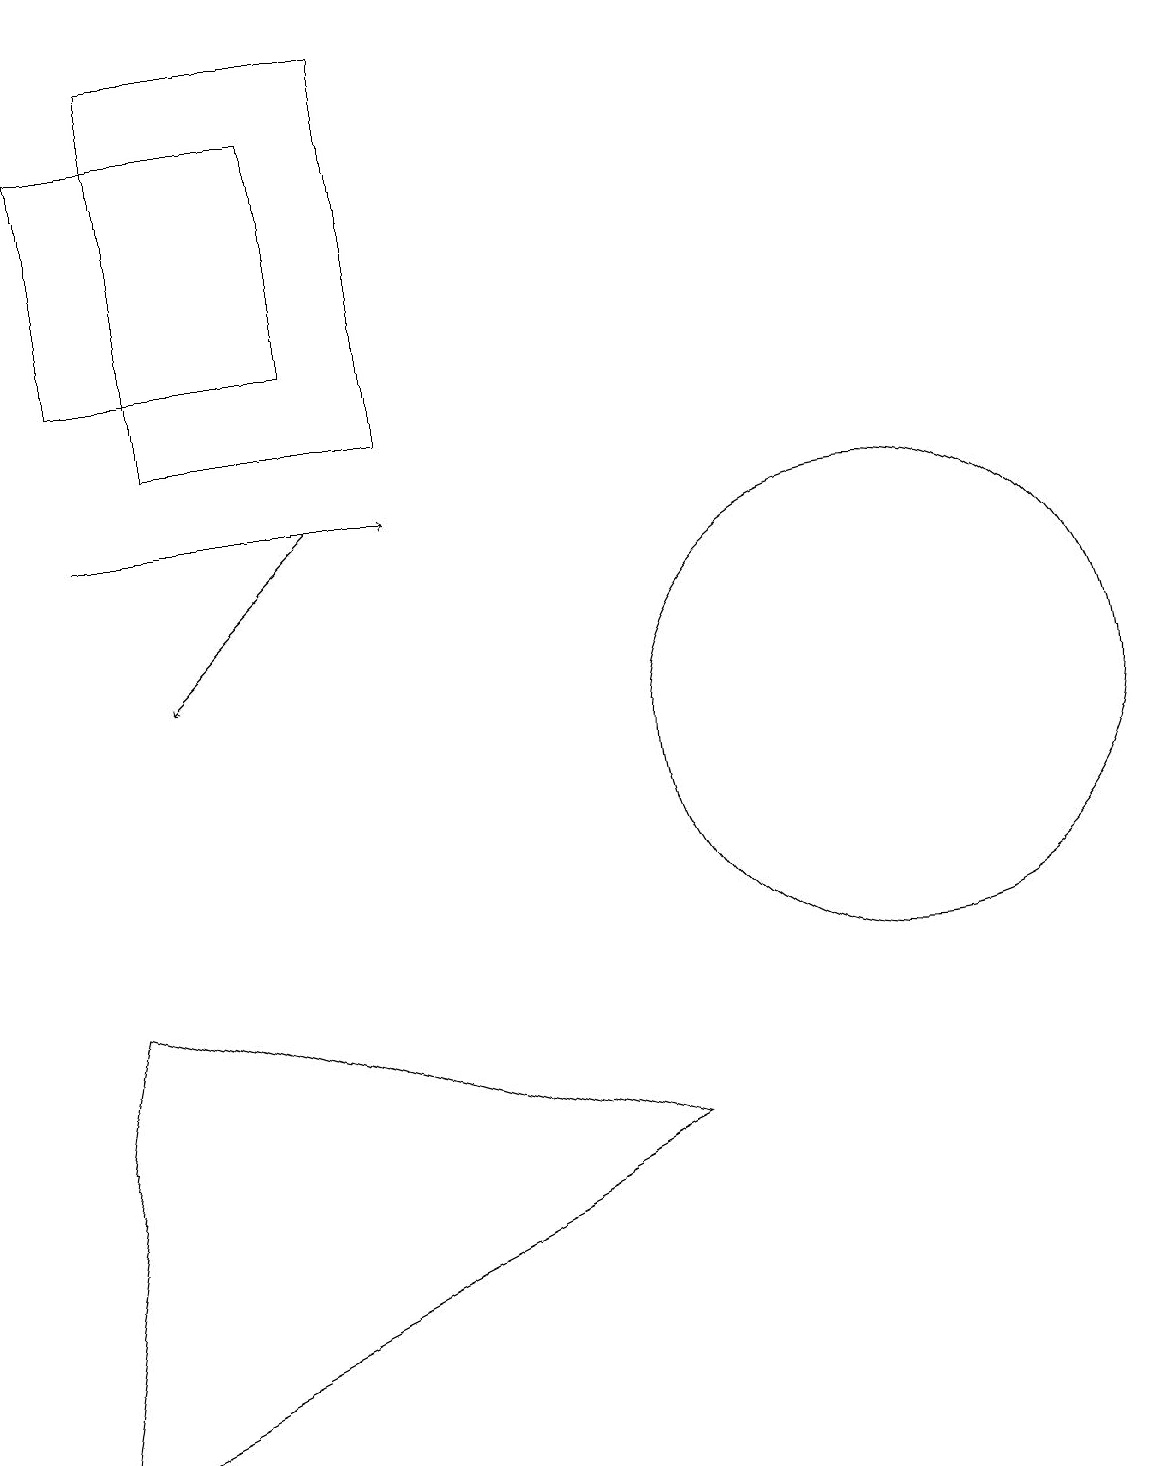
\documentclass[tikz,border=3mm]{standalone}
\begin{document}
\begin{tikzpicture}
\draw (3,14) rectangle (6,19);
\draw[->] (2,13) -- (6,13);
\draw[->] (5,13) -- (3,11);
\draw (5,15) rectangle (2,18);
\draw (12,10) circle (3);
\draw (1,1) -- (9,5) -- (2,7) -- cycle;
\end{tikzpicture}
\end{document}